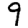
Digit: 9